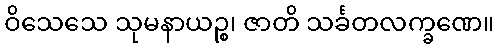
ဝိသေသေ သုမနာယဉ္စ၊ ဇာတိ သင်္ခတလက္ခဏေ။